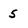
Character: 5